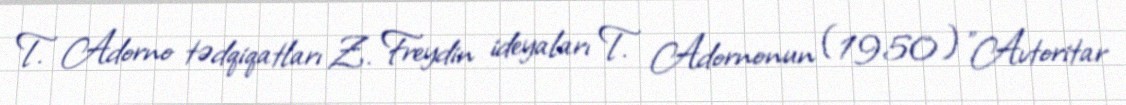
T. Adorno tədqiqatları Z. Freydin ideyaları T. Adornonun (1950) "Avtoritar